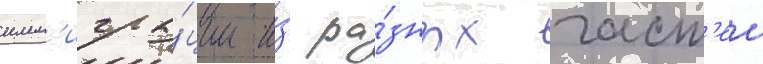
имм'игра́ции и́з ра́зных част'еи